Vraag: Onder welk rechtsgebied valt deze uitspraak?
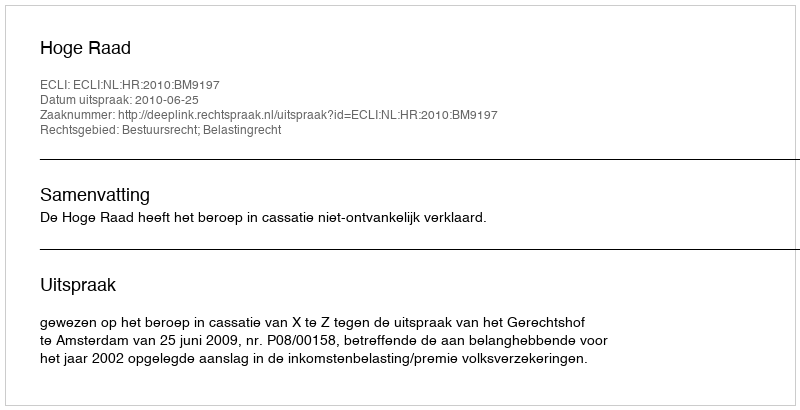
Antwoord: Bestuursrecht; Belastingrecht